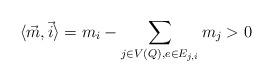
LaTeX: \begin{align*}\langle \vec{m}, \vec{i} \rangle=m_i-\sum_{j \in V(Q), e \in E_{j, i}} m_j>0\end{align*}